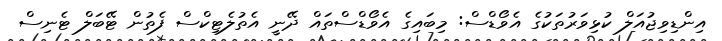
އިންޑިވިޖުއަލް ކުޅިވަރުތަކުގެ އެވޯޑްސް: މިބައިގެ އެވޯޑްސްތައް ދޭނީ އެތުލެޓިކްސް ފެތުން ޓޭބަލް ޓެނިސް